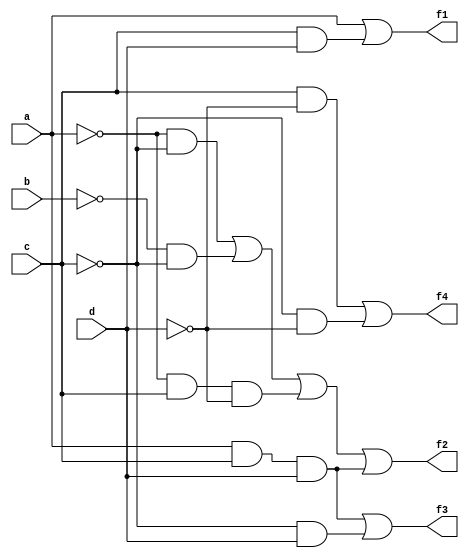
module midlab (f1, f2, f3, f4, a, b, c, d);
 
input a, b, c, d;
output f1, f2, f3, f4;
wire w1, w2, w3, w4, w5, w6, w7, w8, w9, w10, w11, w12;

and a1(w0, c, d);
or o1(f1, a, w0);

not n1(w1, a);
not n2(w2, c);
and a2(w3, w1, w2);

not n3(w4, b);
and a3(w5, w4, w2);

not n4(w6, d);
and a4(w7, w1, c, w6);

and a5(w8, a, c, d);

or o2(f2, w3, w5, w7, w8);

and a6(w9, w2, d);
and a7(w10, c, w6);
or o3(f3, w8, w9);

and a8(w11, w2, w6);
or o4(f4, w10, w11);

endmodule

// Most. Sabrina Naorin Sumona
// ID 181472565

module testbench_midlab;

reg a, b, c, d;
wire f1, f2, f3, f4;
midlab f(f1, f2, f3, f4, a, b, c, d);

initial 

begin
a = 1'b0; b = 1'b1; c = 1'b0; d = 1'b1;
#10; a = 1'b0; b = 1'b1; c = 1'b1; d = 1'b0;
#10; a = 1'b0; b = 1'b1; c = 1'b1; d = 1'b1;
#10; a = 1'b1; b = 1'b0; c = 1'b0; d = 1'b0;
#10; a = 1'b1; b = 1'b0; c = 1'b0; d = 1'b1;
#10; a = 1'b1; b = 1'b0; c = 1'b1; d = 1'b0;
#10; a = 1'b1; b = 1'b0; c = 1'b1; d = 1'b1;
#10; a = 1'b1; b = 1'b1; c = 1'b0; d = 1'b0;
#10; a = 1'b1; b = 1'b1; c = 1'b0; d = 1'b1;
end

endmodule